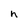
Character: h